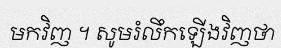
មកវិញ ។ សូមរំលឹកឡើងវិញថា